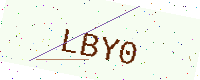
Text: LBY0